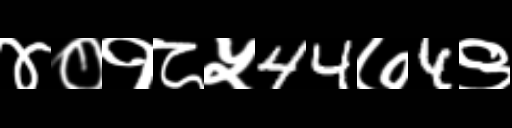
Text: ४०१८५44७4९